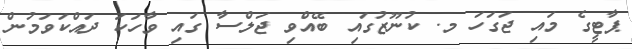
ޕާޓީގެ މައި ޖަގަހަ މ. ކުނޫޒުގައި ބޭއްވި ޖަލްސާ ގައި ވާހަކަ ދައްކަވަމުން